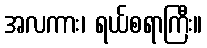
အလကား၊ ရယ်စရာကြီး။